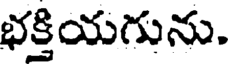
భక్తియగును.